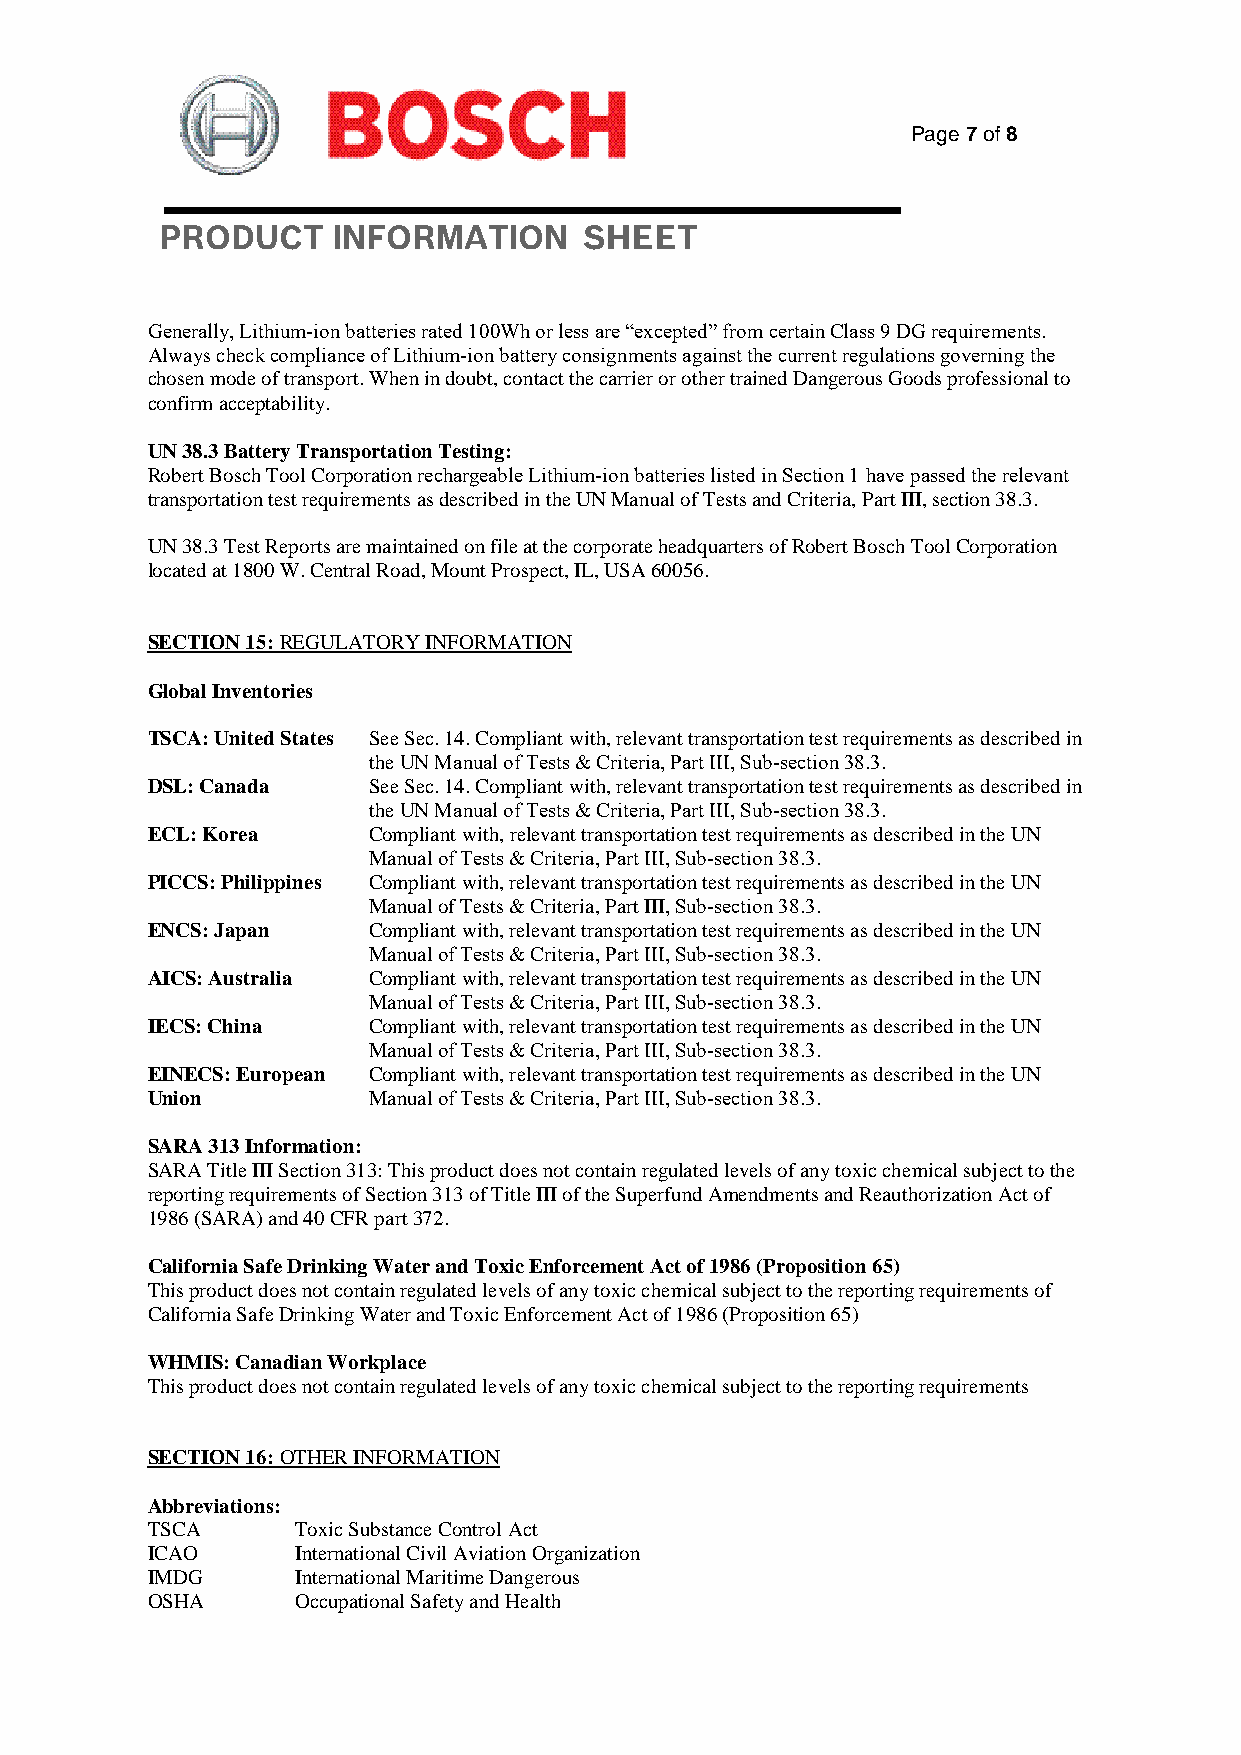
Page 7 of 8
 PRODUCT    INFORMATION      SHEET
 Generally, Lithium‐ion batteries rated 100Wh or less are “excepted” from certain Class 9 DG requirements.
 Always check compliance of Lithium‐ion battery consignments against the current regulations governing the
 chosen mode of transport. When in doubt, contact the carrier or other trained Dangerous Goods professional to
 confirm acceptability.
 UN 38.3 Battery Transportation Testing:
 Robert Bosch Tool Corporation rechargeable Lithium‐ion batteries listed in Section 1 have passed the relevant
 transportation test requirements as described in the UN Manual of Tests and Criteria, Part III, section 38.3.
 UN 38.3 Test Reports are maintained on file at the corporate headquarters of Robert Bosch Tool Corporation
 located at 1800 W. Central Road, Mount Prospect, IL, USA 60056.
 SECTION 15: REGULATORY INFORMATION
 Global Inventories
 TSCA: United States See Sec. 14. Compliant with, relevant transportation test requirements as described in
 the UN Manual of Tests & Criteria, Part III, Sub‐section 38.3.
 DSL: Canada   See Sec. 14. Compliant with, relevant transportation test requirements as described in
 the UN Manual of Tests & Criteria, Part III, Sub‐section 38.3.
 ECL: Korea    Compliant with, relevant transportation test requirements as described in the UN
 Manual of Tests & Criteria, Part III, Sub‐section 38.3.
 PICCS: Philippines Compliant with, relevant transportation test requirements as described in the UN
 Manual of Tests & Criteria, Part III, Sub‐section 38.3.
 ENCS: Japan   Compliant with, relevant transportation test requirements as described in the UN
 Manual of Tests & Criteria, Part III, Sub‐section 38.3.
 AICS: Australia Compliant with, relevant transportation test requirements as described in the UN
 Manual of Tests & Criteria, Part III, Sub‐section 38.3.
 IECS: China   Compliant with, relevant transportation test requirements as described in the UN
 Manual of Tests & Criteria, Part III, Sub‐section 38.3.
 EINECS: European Compliant with, relevant transportation test requirements as described in the UN
 Union         Manual of Tests & Criteria, Part III, Sub‐section 38.3.
 SARA 313 Information:
 SARA Title III Section 313: This product does not contain regulated levels of any toxic chemical subject to the
 reporting requirements of Section 313 of Title III of the Superfund Amendments and Reauthorization Act of
 1986 (SARA) and 40 CFR part 372.
 California Safe Drinking Water and Toxic Enforcement Act of 1986 (Proposition 65)
 This product does not contain regulated levels of any toxic chemical subject to the reporting requirements of
 California Safe Drinking Water and Toxic Enforcement Act of 1986 (Proposition 65)
 WHMIS: Canadian Workplace
 This product does not contain regulated levels of any toxic chemical subject to the reporting requirements
 SECTION 16: OTHER INFORMATION
 Abbreviations:
 TSCA      Toxic Substance Control Act
 ICAO      International Civil Aviation Organization
 IMDG      International Maritime Dangerous
 OSHA      Occupational Safety and Health